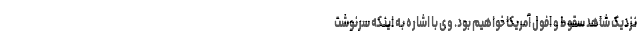
نزدیک شاهد سقوط و افول آمریکا خواهیم بود. وی با اشاره به اینکه سرنوشت